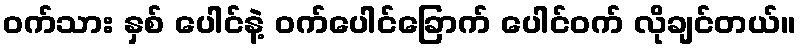
ဝက်သား နှစ် ပေါင်နဲ့ ဝက်ပေါင်ခြောက် ပေါင်ဝက် လိုချင်တယ်။